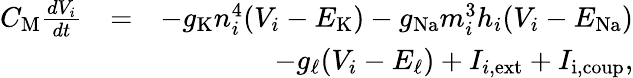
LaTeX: \begin{array}{rlr}{C_{\mathrm M}\frac{dV_{i}}{dt}}&{=}&{-g_{\mathrm K}n_{i}^{4}(V_{i}-E_{\mathrm K})-g_{\mathrm{Na}}m_{i}^{3}h_{i}(V_{i}-E_{\mathrm{Na}})}\\ &{}&{-g_{\mathrm{\ell}}(V_{i}-E_{\mathrm\ell})+I_{i,\mathrm{ext}}+I_{\mathrm{i,coup}},}\end{array}